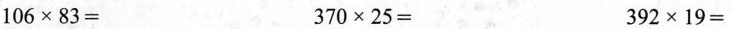
106\times83= 370\times25= 392\times19=